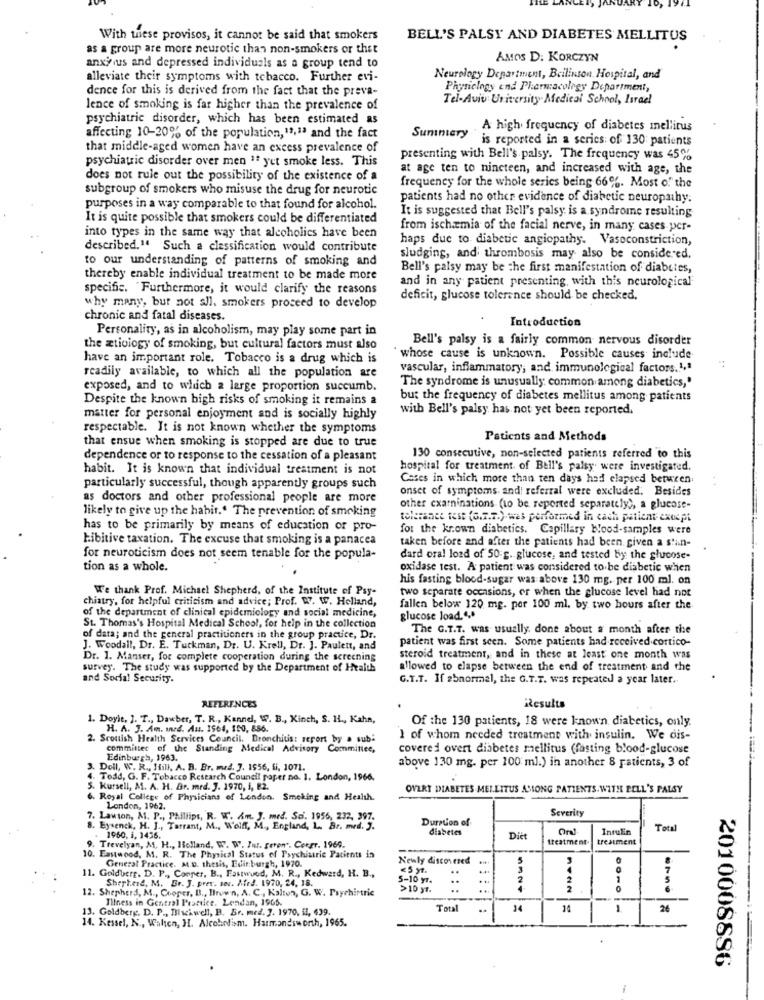
With these provisos, it cannot be said that smokers
BELL'S PALSY AND DIABETES MELLITUS
as a group are more neurotic than non-smokers or thet
AMOS D. KORCZYN
anxious and depressed individuals as a group tend to
alleviate their symptoms with tobacco. Further evi-
Neurology Department, Beilinson Hospital, and
dence for this is derived from the fact that the preva-
Physiclogy end Pharmacology Department,
Tel-Aviv University Medical School, Israel
lence of smoking is far higher than the prevalence of
psychiatric disorder, which has been estimated as
. A high frequency of diabetes mellitus
affecting 10-20% of the population, 11,1ª and the fact
Summary
is reported in a series: of 130 patients
that middle-aged women have an excess prevalence of
psychiatric disorder over men " yet smoke less. This
presenting with Bell's palsy. The frequency was 45%
at age ten to nineteen, and increased with age, the
does not rule out the possibility of the existence of a
subgroup of smokers who misuse the drug for neurotic
frequency for the whole series being 66%. Most of" the
patients had no other evidence of diabetic neuropathy.
purposes in a way comparable to that found for alcohol.
It is quite possible that smokers could be differentiated
It is suggested that Bell's palsy is a syndrome resulting
from ischamia of the facial nerve, in many cases per-
into types in the same way that alcoholics have been
haps due to diabetic angiopathy. Vasoconstriction,
described." Such a classification would contribute
to our understanding of patterns of smoking and
sludging, and thrombosis may also be considered.
Bell's palsy may be the first manifestation of diabetes,
thereby enable individual treatment to be made more
and in any patient presenting, with this neurological
specific. Furthermore, it would clarify the reasons
deficit, glucose tolerance should be checked.
why many, but not all, smokers proceed to develop
chronic and fatal diseases.
Introduction
Personality, as in alcoholism, may play some part in
Bell's palsy is a fairly common nervous disorder
the Etiology of smoking, but cultural factors must also
have an important role. Tobacco is a drug which is
whose cause is unknown. Possible causes include
vascular, inflammatory, and immunological factors.1,1
readily available, to which all the population are
The syndrome is unusually common among diabetics,'
exposed, and to which a large proportion succumb.
Despite the known high risks of smoking it remains a
but the frequency of diabetes mellitus among patients
with Bell's palsy has not yet been reported.
matter for personal enjoyment and is socially highly
respectable. It is not known whether the symptoms
that ensue when smoking is stopped are due to true
Patients and Methods
dependence or to response to the cessation of a pleasant
130 consecutive, non-selected patients referred to this
habit. It is known that individual treatment is not
hospital for treatment. of Bell's palsy were investigated.
Cases in which more than ten days had elapsed between.
particularly successful, though apparently groups such
onset of symptoms. andi referral were excluded. Besides
as doctors and other professional people are more
likely to give up the habit." The prevention of smoking
other examinations (to be reported separately), a glucose-
tolerance test (6.7.7.).was performed in cach patient except
has to be primarily by means of education or pro-
for the krown diabetics. Capillary Hood-samples were
bibitive taxation. The excuse that smoking is a panacea
taken before and after the patients had been given a s'an-
for neuroticism does not seem tenable for the popula-
dard oral lord of 50 g. glucose, and tested by the glucose-
tion as a whole.
oxidase test. A patient was considered to be diabetic when
his fasting blood-sugar was above 130 mg. per 100 ml. on
We thank Prof. Michael Shepherd, of the Institute of Psy-
two separate occasions, or when the glucose level had not
chiatry, for helpful criticism and advice; Prof. W. W. Helland,
fallen below 120 mg. por 100 ml. by two hours after the
of the department of clinical epidemiology and social medicine,
glucose load.",
St. Thomas's Hospital Medical School, for help in the collection
The G.T.T. was usually. done about a month after the
of data; and the general practitioners in the group practice, Dr.
patient was first seen. Some patients had received cortico-
J. Woodall, Dr. E. Tuckman, Dr. U. Krell, Dr. J. Paulett, and
Dr. 1. Manser, for complete cooperation during the screening
steroid treatment, and in these at least one month was
survey. The study was supported by the Department of Health
allowed to elapse between the end of treatment and the
and Social Security.
G.T.T. If abnormal, the G.T.T. was repeated a year later ..
REFERENCES
Results
1. Doyit, J. T ., Dawber, T. R ., Kannel, W. B ., Kinch, S. H ., Kahn,
H. A. J. Am. Ind. Au. 1564, 150, 886.
Of the 130 patients, 18 were known diabetics, only.
2. Scottish Health Services Council. Bronchitis: report by a sub:
1 of whom needed treatment with insulin. We dis-
committee of the Standing Medical Advisory Committee,
covered overt diabetes mellitus (fasting blood-glucose
Edinburgh, 1963.
above 130 mg. per 100 ml.) in another 8 patients, 3 of
3. Doll, W. R ., Hill, A. B. Br. med. 7. 1556, fi, 1071.
4. Tedd, G. F. Tobacco Research Council paper no. 1. London, 1966.
5. Kursell, M. A. H. Br. med. J. 1970, i, B2.
OVERT DIABETES MELLITUS ASIONG PATIENTS WITH PELL'S PALSY
6. Royal College of Physicians of London. Smoking and Health.
London, 1962.
Severity
7. Lawson, M. P ., Phillips, R. W. A.m. J. med. Sci. 1956, 232, 397.
Duration of
8. Eysenck, H. J ., Tarrant, M ., Wolff, M ., England, L. Br. med. J.
diabetes
Insulin
Total
1960, i, 1436.
Ditt
treatment
treatment
9. Trevelyan, M. H ., Holland, W. W. Int. geren". Corgr. 1969.
10. Eastwood, M. R. The Physical Status of Psychiatrie Patients in
General Practice. M.D. thesis, Edinburgh, 1970.
Newly discovered
<5 yt.
7
11. Goldberg. D. P ., Cooper, B ., Fastwund, M. R ., Kedward, H. B .,
Shepherd, M. Br. J. pret. soc. Afed. 1970, 24, 18.
5-10 yr.
.
2
1
5
12. Shepherd, M ., Cooper, B ., Brown, A. C ., Kalton, G. W. Psychintric
>10 yf.
..
...
0
Illness in General Practice. Leadan, 1965.
13. Goldberg. D. P ., Blackwell, B. Br. med. 7. 1970, il, $39.
Total
..
1
26
14. Kessel, N ., Walen, H. Alcoholism. Harmandsworth, 1965.
2010008886